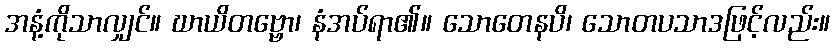
အနံ့ကိုသာလျှင်။ ဃာယိတဗ္ဗော၊ နံအပ်ရာ၏။ သောတေနပိ၊ သောတပသာဒဖြင့်လည်း။